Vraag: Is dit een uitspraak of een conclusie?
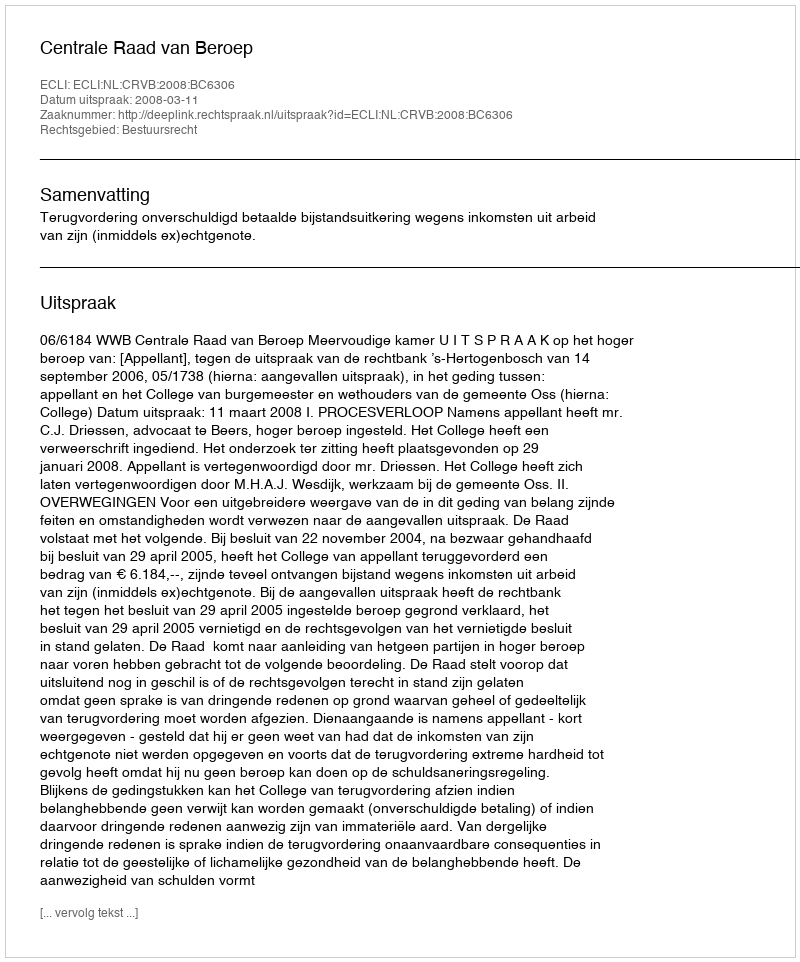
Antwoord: Uitspraak